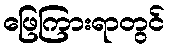
ဖြေကြားရာတွင်